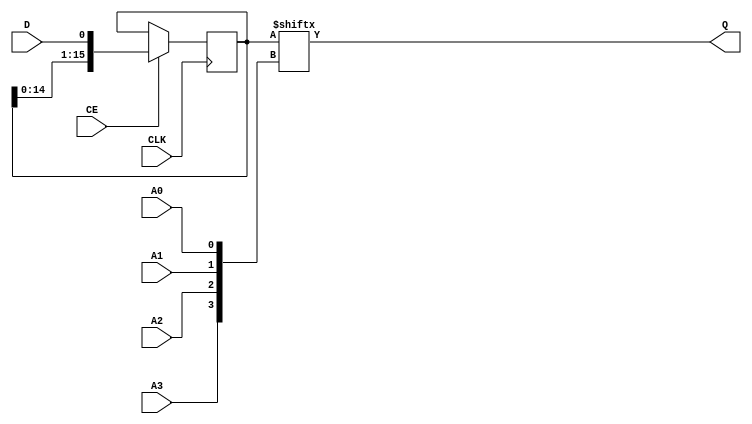
// SPDX-License-Identifier: CERN-OHL-P
//
// Copyright 2022-2024 Wavelet Lab
//
// USDR PROJECT
// CLEAN
//
module SRL16E #(
	parameter INIT = 16'h0000
) (
    input       CLK,
    input       CE,
    input       D,
    input       A0,
    input       A1,
    input       A2,
    input       A3,
    output      Q
);

reg [15:0] src16e = INIT;

assign Q = src16e[{A3, A2, A1, A0}];

always @(posedge CLK) begin
	if (CE) begin
		src16e <= { src16e[14:0], D };
	end
end

endmodule